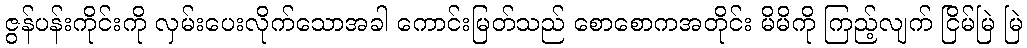
ဇွန်ပန်းကိုင်းကို လှမ်းပေးလိုက်သောအခါ ကောင်းမြတ်သည် စောစောကအတိုင်း မိမိကို ကြည့်လျက် ငြိမ်မြဲ မြဲ